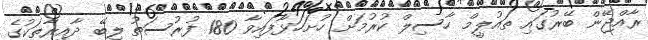
ރާއްޖޭން ބޭރުގައި ތައުލީމް ހާސިލް ކުރުމަށް ހުށަހަޅާފައިވާ 180 ފުރުސަތު ލިބޭ ދާއިރާތަކުގެ